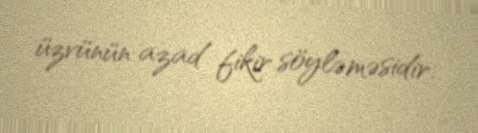
üzvünün azad fikir söyləməsidir.